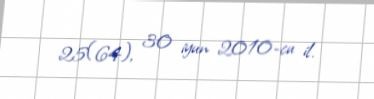
25(64), 30 iyun 2010-cu il.